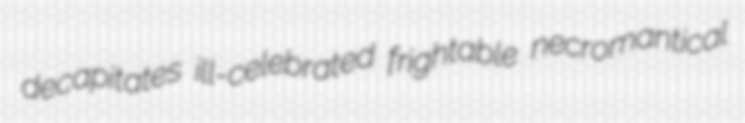
decapitates ill-celebrated frightable necromantical